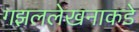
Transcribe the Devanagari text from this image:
गझललेखनाकडे